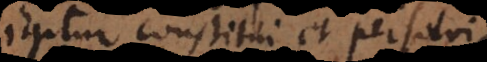
igitur constitui et persolvi